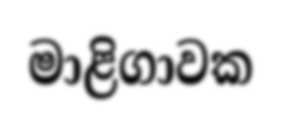
මාළිගාවක